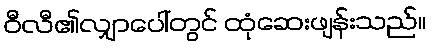
ဝီလီ၏လျှာပေါ်တွင် ထုံဆေးဖျန်းသည်။